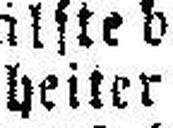
heiter